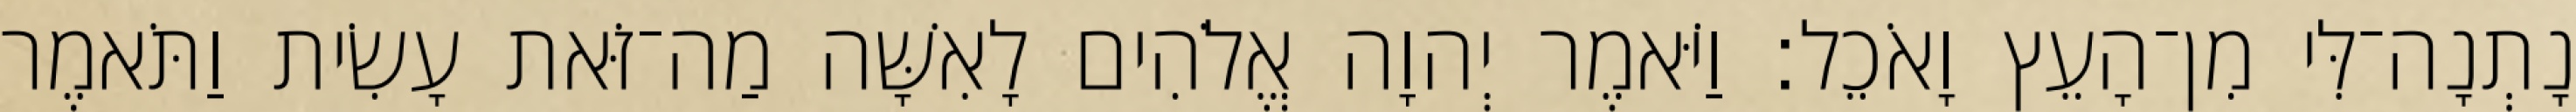
נָתְנָה־לִּי מִן־הָעֵץ וָאֹכֵל׃ וַיֹּאמֶר יְהוָה אֱלֹהִים לָאִשָּׁה מַה־זֹּאת עָשִׂית וַתֹּאמֶר